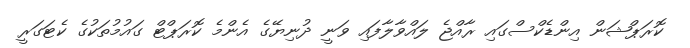
ކޮރަޕްޝަން އިންޑެކްސްގައި ރާއްޖެ ލައްވާލާފައި ވަނީ ދުނިޔޭގެ އެންމެ ކޮރަޕްޓް ގައުމުތަކުގެ ކެޓަގަރީ